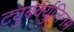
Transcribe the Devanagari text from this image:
ट्युबर्क्युलिनम